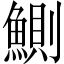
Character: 鰂